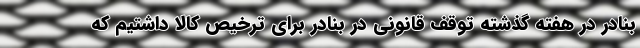
بنادر در هفته گذشته توقف قانونی در بنادر برای ترخیص کالا داشتیم که